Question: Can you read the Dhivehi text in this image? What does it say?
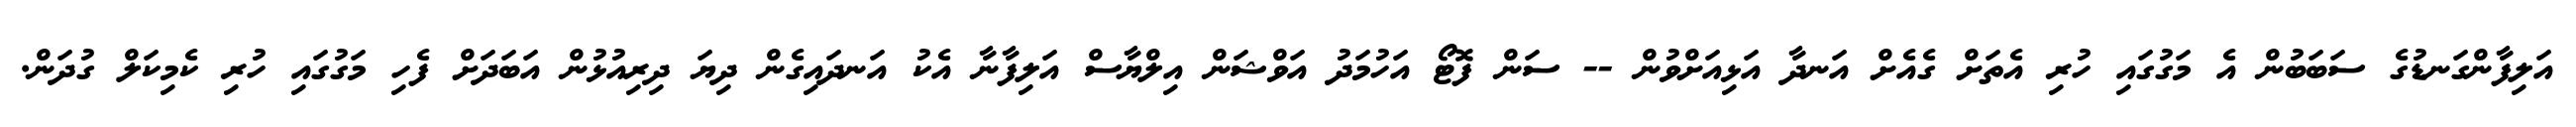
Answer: އަލިފާންގަނޑުގެ ސަބަބުން އެ މަގުގައި ހުރި އެތަށް ގެއެށް އަނދާ އަޅިއަށްވުން -- ސަން ފޮޓޯ އަހުމަދު އަވްޝަން އިލްޔާސް އަލިފާނާ އެކު އަނދައިގެން ދިޔަ ދިރިއުޅުން އަބަދަށް ފެހި މަގުގައި ހުރި ކެމިކަލް ގުދަން.